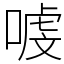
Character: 㗔